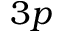
3 p